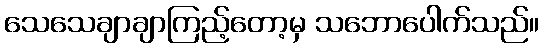
သေသေချာချာကြည့်တော့မှ သဘောပေါက်သည်။